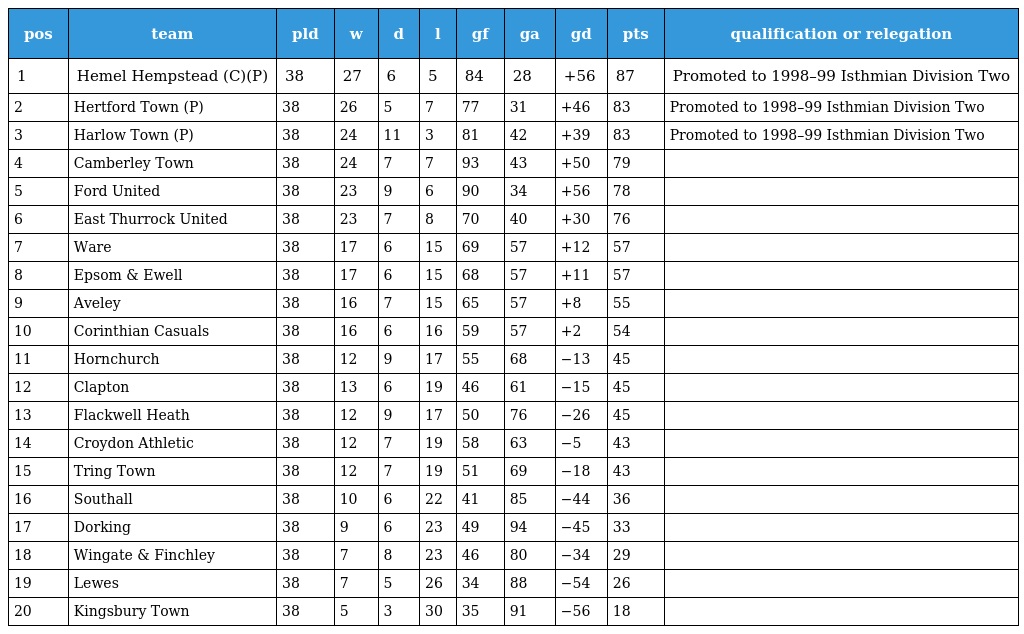
| pos | team | pld | w | d | l | gf | ga | gd | pts | qualification or relegation |
 | --- | --- | --- | --- | --- | --- | --- | --- | --- | --- | --- |
 | 1 | Hemel Hempstead (C)(P) | 38 | 27 | 6 | 5 | 84 | 28 | +56 | 87 | Promoted to 1998–99 Isthmian Division Two |
 | 2 | Hertford Town (P) | 38 | 26 | 5 | 7 | 77 | 31 | +46 | 83 | Promoted to 1998–99 Isthmian Division Two |
 | 3 | Harlow Town (P) | 38 | 24 | 11 | 3 | 81 | 42 | +39 | 83 | Promoted to 1998–99 Isthmian Division Two |
 | 4 | Camberley Town | 38 | 24 | 7 | 7 | 93 | 43 | +50 | 79 |  |
 | 5 | Ford United | 38 | 23 | 9 | 6 | 90 | 34 | +56 | 78 |  |
 | 6 | East Thurrock United | 38 | 23 | 7 | 8 | 70 | 40 | +30 | 76 |  |
 | 7 | Ware | 38 | 17 | 6 | 15 | 69 | 57 | +12 | 57 |  |
 | 8 | Epsom & Ewell | 38 | 17 | 6 | 15 | 68 | 57 | +11 | 57 |  |
 | 9 | Aveley | 38 | 16 | 7 | 15 | 65 | 57 | +8 | 55 |  |
 | 10 | Corinthian Casuals | 38 | 16 | 6 | 16 | 59 | 57 | +2 | 54 |  |
 | 11 | Hornchurch | 38 | 12 | 9 | 17 | 55 | 68 | −13 | 45 |  |
 | 12 | Clapton | 38 | 13 | 6 | 19 | 46 | 61 | −15 | 45 |  |
 | 13 | Flackwell Heath | 38 | 12 | 9 | 17 | 50 | 76 | −26 | 45 |  |
 | 14 | Croydon Athletic | 38 | 12 | 7 | 19 | 58 | 63 | −5 | 43 |  |
 | 15 | Tring Town | 38 | 12 | 7 | 19 | 51 | 69 | −18 | 43 |  |
 | 16 | Southall | 38 | 10 | 6 | 22 | 41 | 85 | −44 | 36 |  |
 | 17 | Dorking | 38 | 9 | 6 | 23 | 49 | 94 | −45 | 33 |  |
 | 18 | Wingate & Finchley | 38 | 7 | 8 | 23 | 46 | 80 | −34 | 29 |  |
 | 19 | Lewes | 38 | 7 | 5 | 26 | 34 | 88 | −54 | 26 |  |
 | 20 | Kingsbury Town | 38 | 5 | 3 | 30 | 35 | 91 | −56 | 18 |  |